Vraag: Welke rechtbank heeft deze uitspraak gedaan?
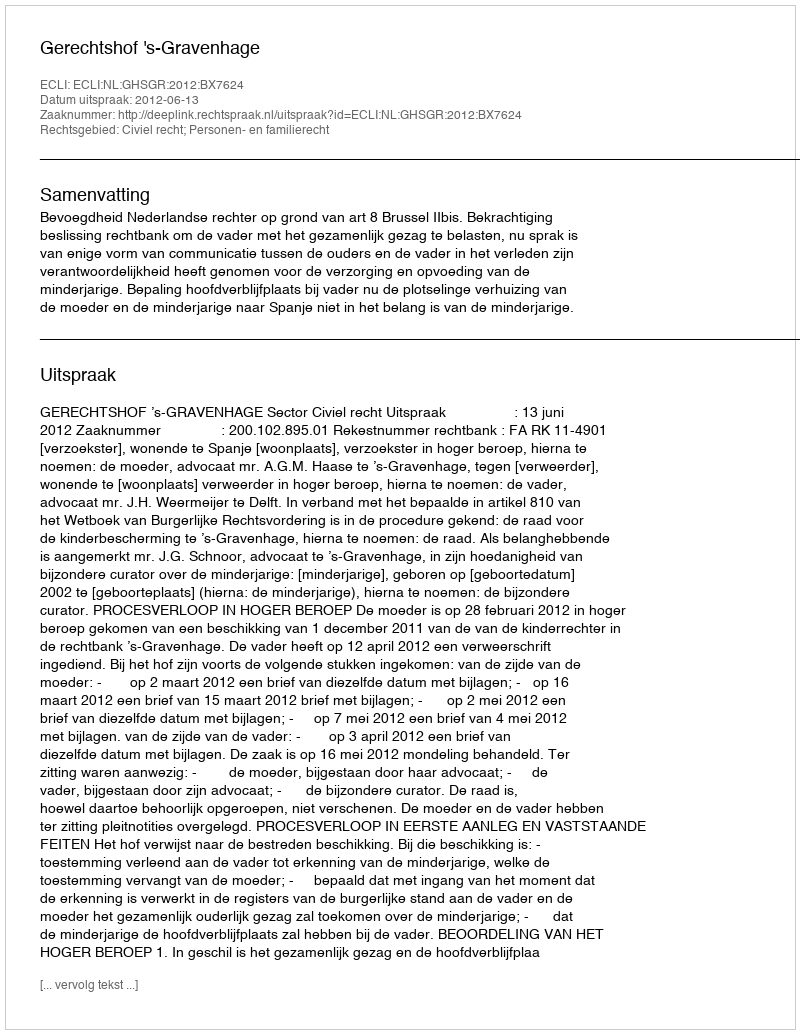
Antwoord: Gerechtshof 's-Gravenhage